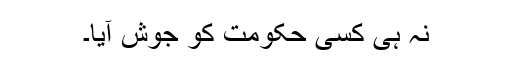
نہ ہی کسی حکومت کو جوش آیا۔